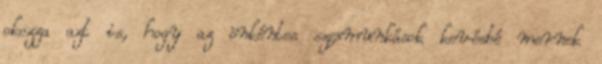
okozza azt is, hogy az önkéntes szexmunkások kevésbé mernek